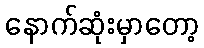
နောက်ဆုံးမှာတော့